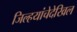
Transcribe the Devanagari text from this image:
जिल्हयांचेदेखिल